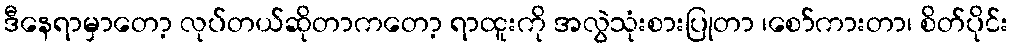
ဒီနေရာမှာတော့ လုပ်တယ်ဆိုတာကတော့ ရာထူးကို အလွဲသုံးစားပြုတာ ၊စော်ကားတာ၊ စိတ်ပိုင်း